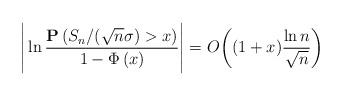
LaTeX: \begin{align*}\Bigg|\ln \frac {\mathbf{P}\left( S_n/(\sqrt{n}\sigma) >x\right)} {1-\Phi \left( x\right)} \Bigg|= O\bigg( (1+x)\frac {\ln n}{\sqrt{n}} \bigg)\end{align*}